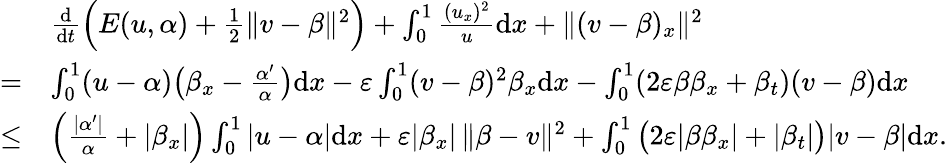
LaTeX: \begin{array}{rl}&{\frac{\mathrm{d}}{\mathrm{d}t}\Big(E(u,\alpha)+\frac 12\| v-\beta\| ^{2}\Big)+\int_{0}^{1}\frac{(u_{x})^{2}}{u}\mathrm{d}x+\| (v-\beta)_{x}\| ^{2}}\\ {=}&{\int_{0}^{1}(u-\alpha)\big(\beta_{x}-\frac{\alpha^{\prime}}{\alpha}\big)\mathrm{d}x-\varepsilon\int_{0}^{1}(v-\beta)^{2}\beta_{x}\mathrm{d}x-\int_{0}^{1}(2\varepsilon\beta\beta_{x}+\beta_{t})(v-\beta)\mathrm{d}x}\\ {\le}&{\Big(\frac{|\alpha^{\prime}|}{\alpha}+|\beta_{x}|\Big)\int_{0}^{1}|u-\alpha|\mathrm{d}x+\varepsilon|\beta_{x}|\, \| \beta-v\| ^{2}+\int_{0}^{1}\big(2\varepsilon|\beta\beta_{x}|+|\beta_{t}|\big)|v-\beta|\mathrm{d}x.}\end{array}